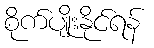
စိုက်ပျိုးနိုင်ရန်